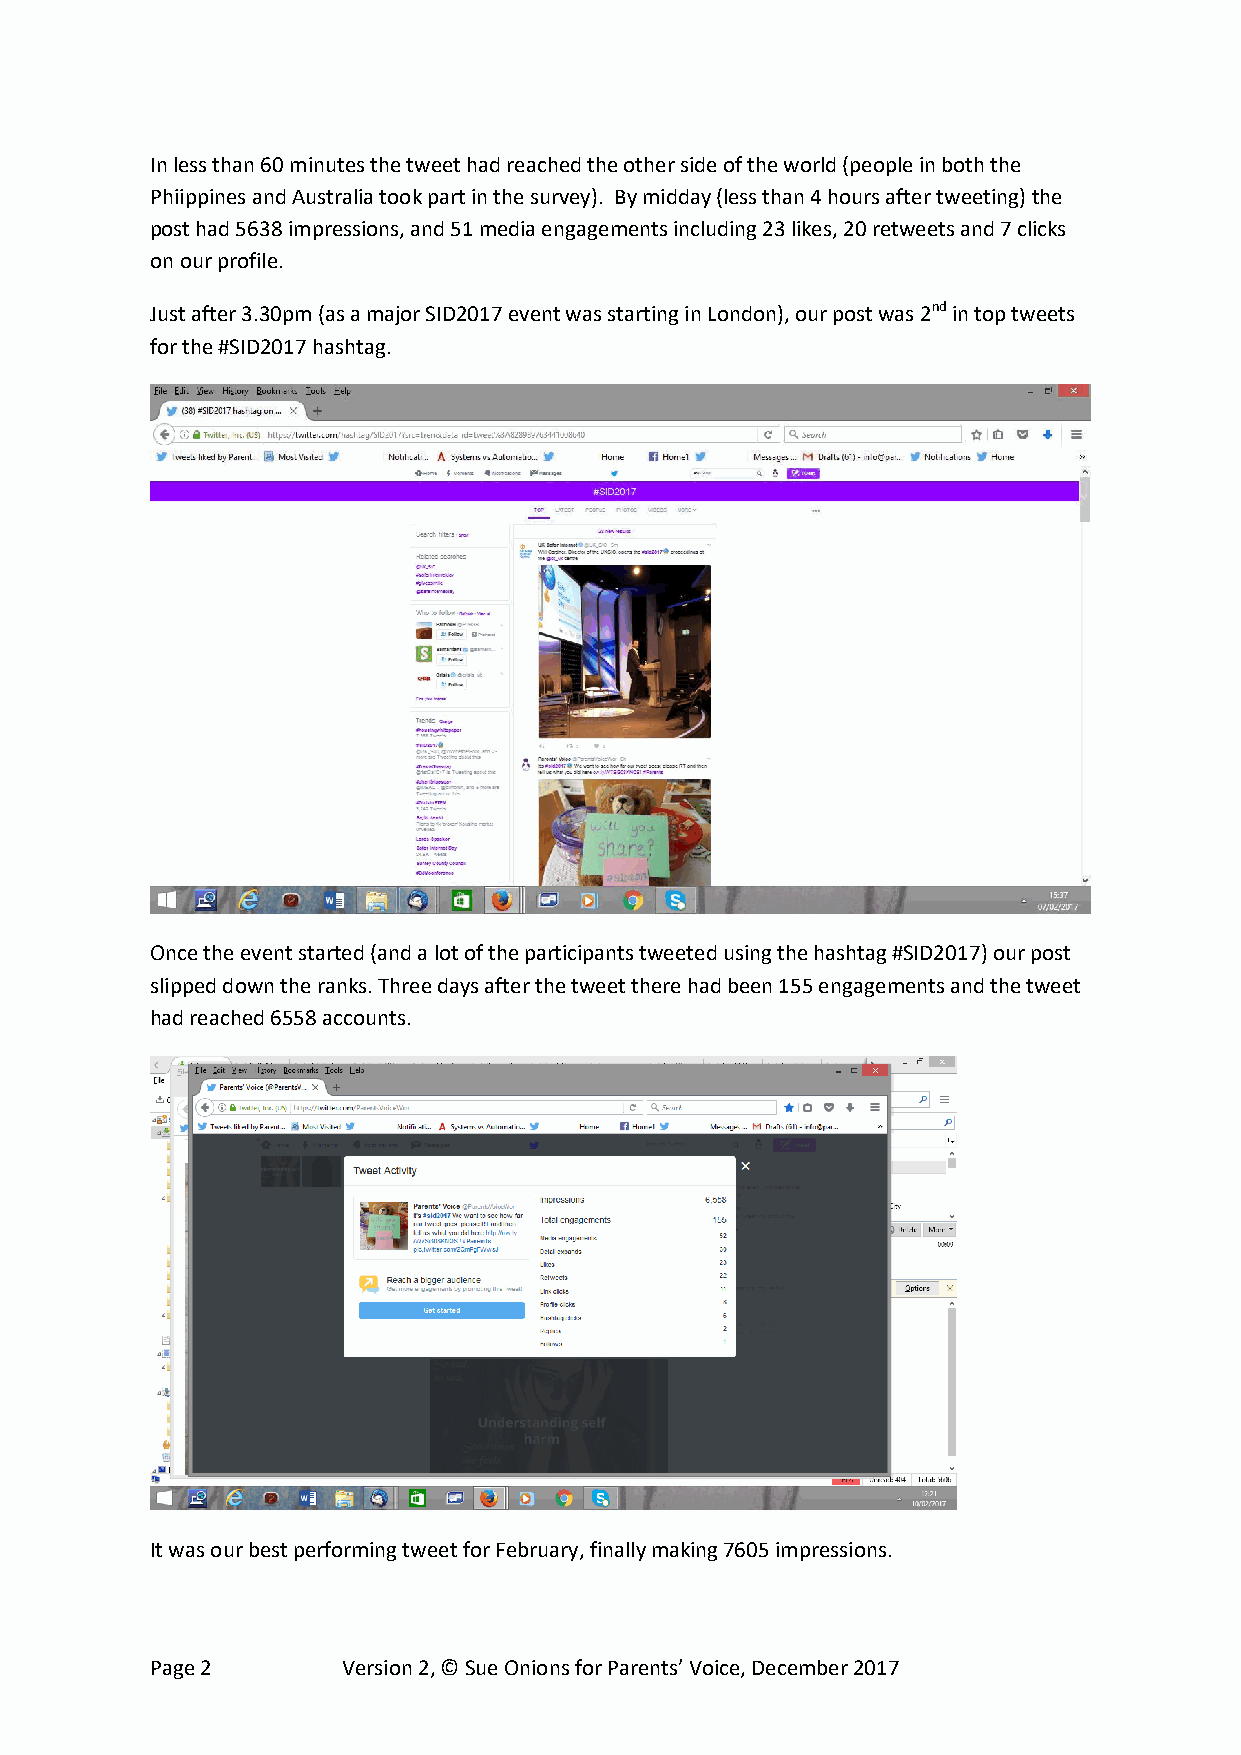
In less than 60 minutes the tweet had reached the other side of the world (people in both the
 Phiippines and Australia took part in the survey). By midday (less than 4 hours after tweeting) the
 post had 5638 impressions, and 51 media engagements including 23 likes, 20 retweets and 7 clicks
 on our profile.
 Just after 3.30pm (as a major SID2017 event was starting in London), our post was 2nd in top tweets
 for the #SID2017 hashtag.
 Once the event started (and a lot of the participants tweeted using the hashtag #SID2017) our post
 slipped down the ranks. Three days after the tweet there had been 155 engagements and the tweet
 had reached 6558 accounts.
 It was our best performing tweet for February, finally making 7605 impressions.
 Page 2       Version 2, © Sue Onions for Parents’ Voice, December 2017